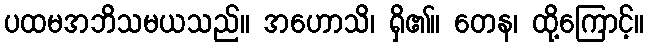
ပထမအဘိသမယသည်။ အဟောသိ၊ ရှိ၏။ တေန၊ ထို့ကြောင့်။